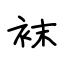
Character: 袜